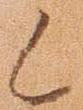
候